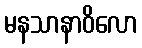
မနသာနာဝိလော